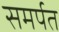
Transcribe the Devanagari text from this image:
समर्पत